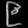
Digit: ၉